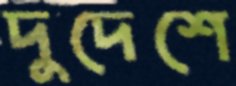
দুদেশে